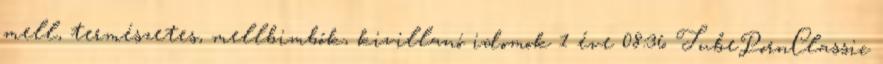
mell, természetes, mellbimbók, kivillanó idomok 1 éve 08:36 TubePornClassic